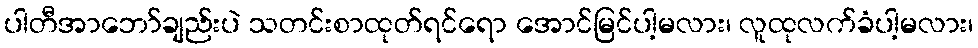
ပါတီအာဘော်ချည်းပဲ သတင်းစာထုတ်ရင်ရော အောင်မြင်ပါ့မလား၊ လူထုလက်ခံပါ့မလား၊